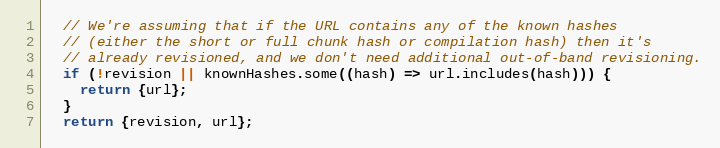
Language: JavaScript
  // We're assuming that if the URL contains any of the known hashes
  // (either the short or full chunk hash or compilation hash) then it's
  // already revisioned, and we don't need additional out-of-band revisioning.
  if (!revision || knownHashes.some((hash) => url.includes(hash))) {
    return {url};
  }
  return {revision, url};